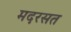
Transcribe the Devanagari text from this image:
मदरसत